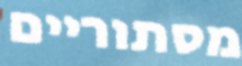
מסתוריים